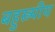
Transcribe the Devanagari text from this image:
बहुस्त्र्पीय